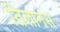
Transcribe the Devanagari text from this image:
तिलानस